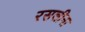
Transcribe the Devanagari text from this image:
रसलीना